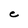
Character: C